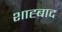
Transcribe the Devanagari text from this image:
शाह्बाद